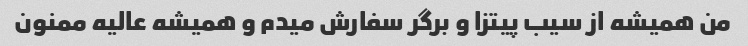
من همیشه از سیب پیتزا و برگر سفارش میدم و همیشه عالیه ممنون